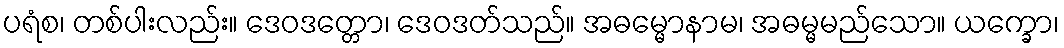
ပရံစ၊ တစ်ပါးလည်း။ ဒေဝဒတ္တော၊ ဒေဝဒတ်သည်။ အဓမ္မောနာမ၊ အဓမ္မမည်သော။ ယက္ခော၊